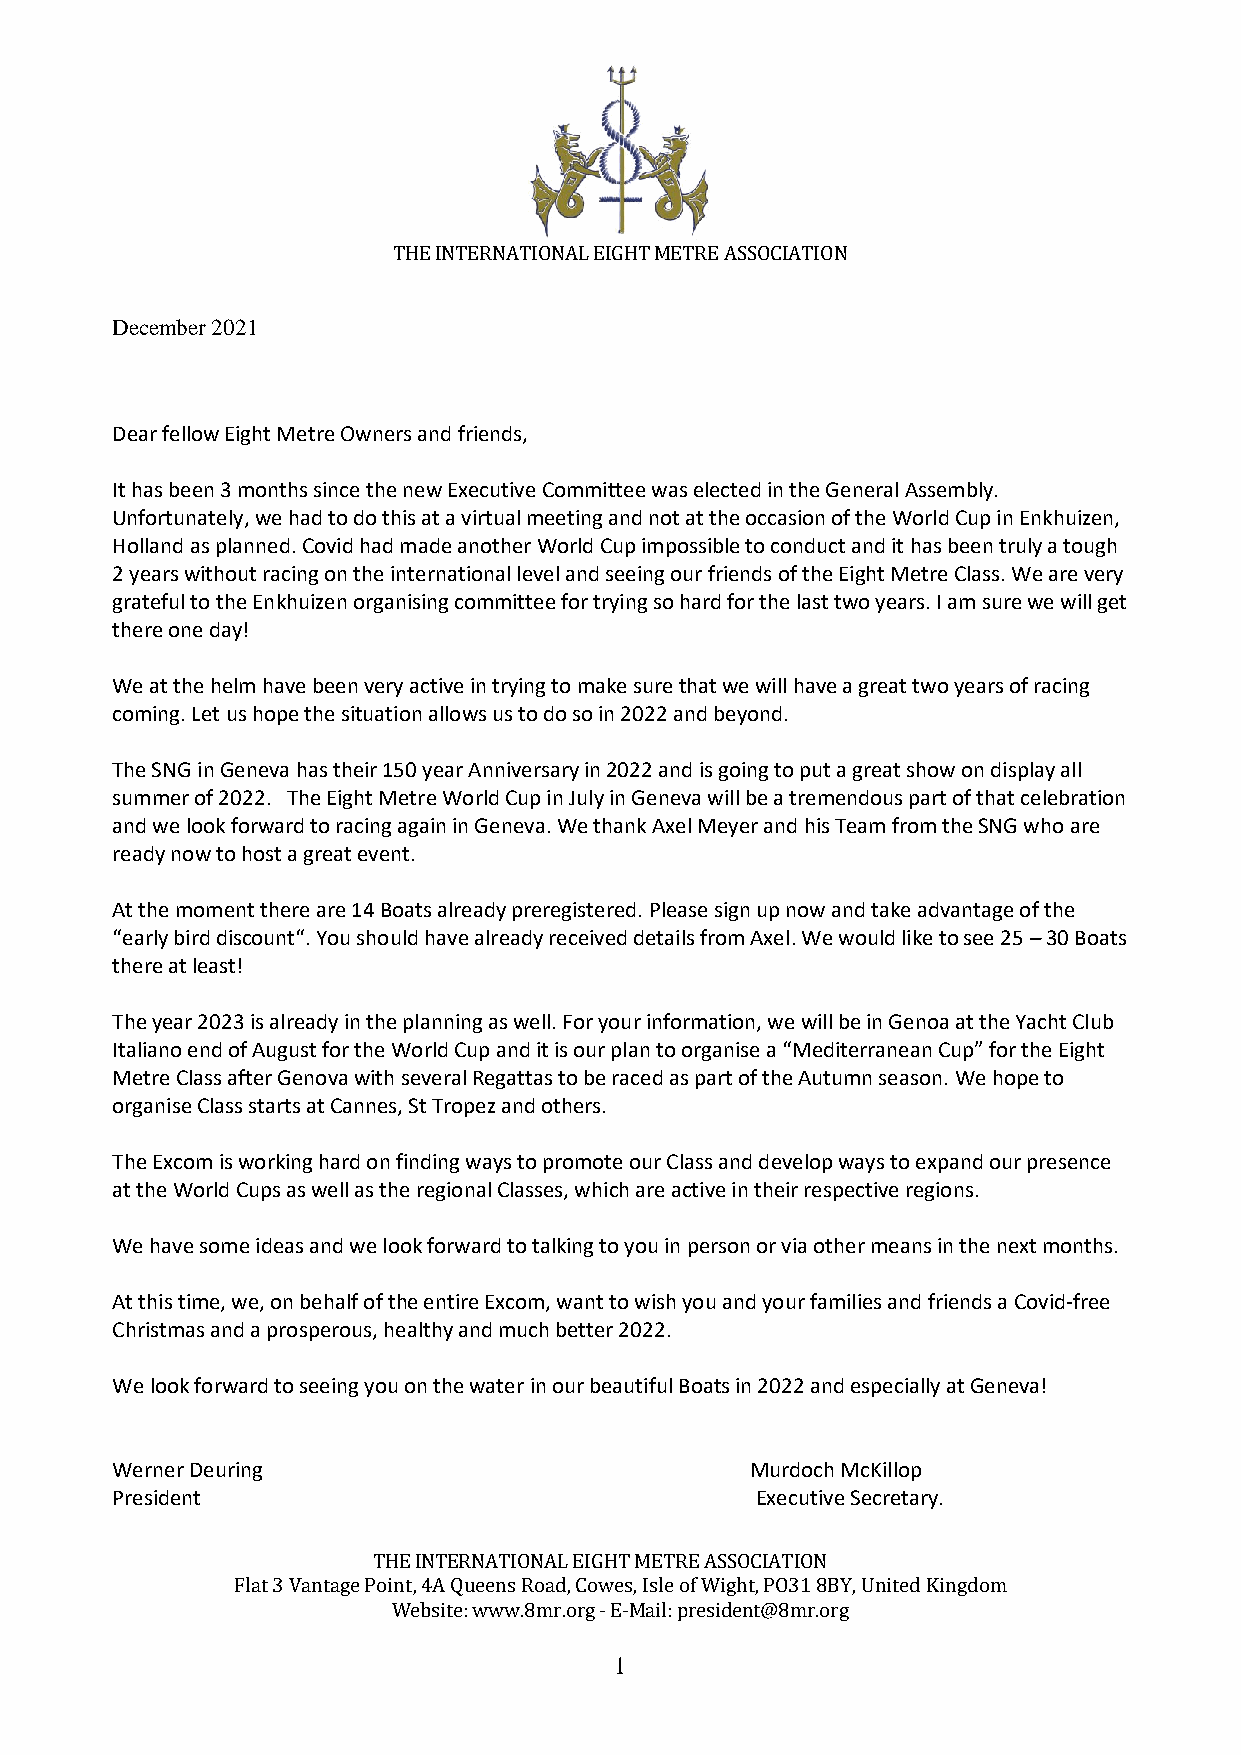
THE INTERNATIONAL EIGHT METRE ASSOCIATION
 December 2021
 Dear fellow Eight Metre Owners and friends,
 It has been 3 months since the new Executive Committee was elected in the General Assembly.
 Unfortunately, we had to do this at a virtual meeting and not at the occasion of the World Cup in Enkhuizen,
 Holland as planned. Covid had made another World Cup impossible to conduct and it has been truly a tough
 2 years without racing on the international level and seeing our friends of the Eight Metre Class. We are very
 grateful to the Enkhuizen organising committee for trying so hard for the last two years. I am sure we will get
 there one day!
 We at the helm have been very active in trying to make sure that we will have a great two years of racing
 coming. Let us hope the situation allows us to do so in 2022 and beyond.
 The SNG in Geneva has their 150 year Anniversary in 2022 and is going to put a great show on display all
 summer of 2022. The Eight Metre World Cup in July in Geneva will be a tremendous part of that celebration
 and we look forward to racing again in Geneva. We thank Axel Meyer and his Team from the SNG who are
 ready now to host a great event.
 At the moment there are 14 Boats already preregistered. Please sign up now and take advantage of the
 “early bird discount“. You should have already received details from Axel. We would like to see 25 – 30 Boats
 there at least!
 The year 2023 is already in the planning as well. For your information, we will be in Genoa at the Yacht Club
 Italiano end of August for the World Cup and it is our plan to organise a “Mediterranean Cup” for the Eight
 Metre Class after Genova with several Regattas to be raced as part of the Autumn season. We hope to
 organise Class starts at Cannes, St Tropez and others.
 The Excom is working hard on finding ways to promote our Class and develop ways to expand our presence
 at the World Cups as well as the regional Classes, which are active in their respective regions.
 We have some ideas and we look forward to talking to you in person or via other means in the next months.
 At this time, we, on behalf of the entire Excom, want to wish you and your families and friends a Covid-free
 Christmas and a prosperous, healthy and much better 2022.
 We look forward to seeing you on the water in our beautiful Boats in 2022 and especially at Geneva!
 Werner Deuring                             Murdoch McKillop
 President                                  Executive Secretary.
 THE INTERNATIONAL EIGHT METRE ASSOCIATION
 Flat 3 Vantage Point, 4A Queens Road, Cowes, Isle of Wight, PO31 8BY, United Kingdom
 Website: www.8mr.org - E-Mail: president@8mr.org
 1